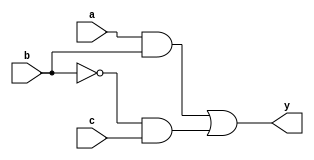
module combinational_logic(
    input wire a,        // Input signal a
    input wire b,        // Input signal b
    input wire c,        // Input signal c
    output reg y         // Output signal y
);

// Always block to model combinational logic
always @(*) begin
    // Procedural assignment to calculate output y based on inputs a, b, and c
    y = (a & b) | (~b & c); // Example logic: y = (a AND b) OR (NOT b AND c)
end

endmodule